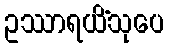
ဥဿာရယိံသုပေ